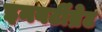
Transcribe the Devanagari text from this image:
इनवर्टीब्रेट